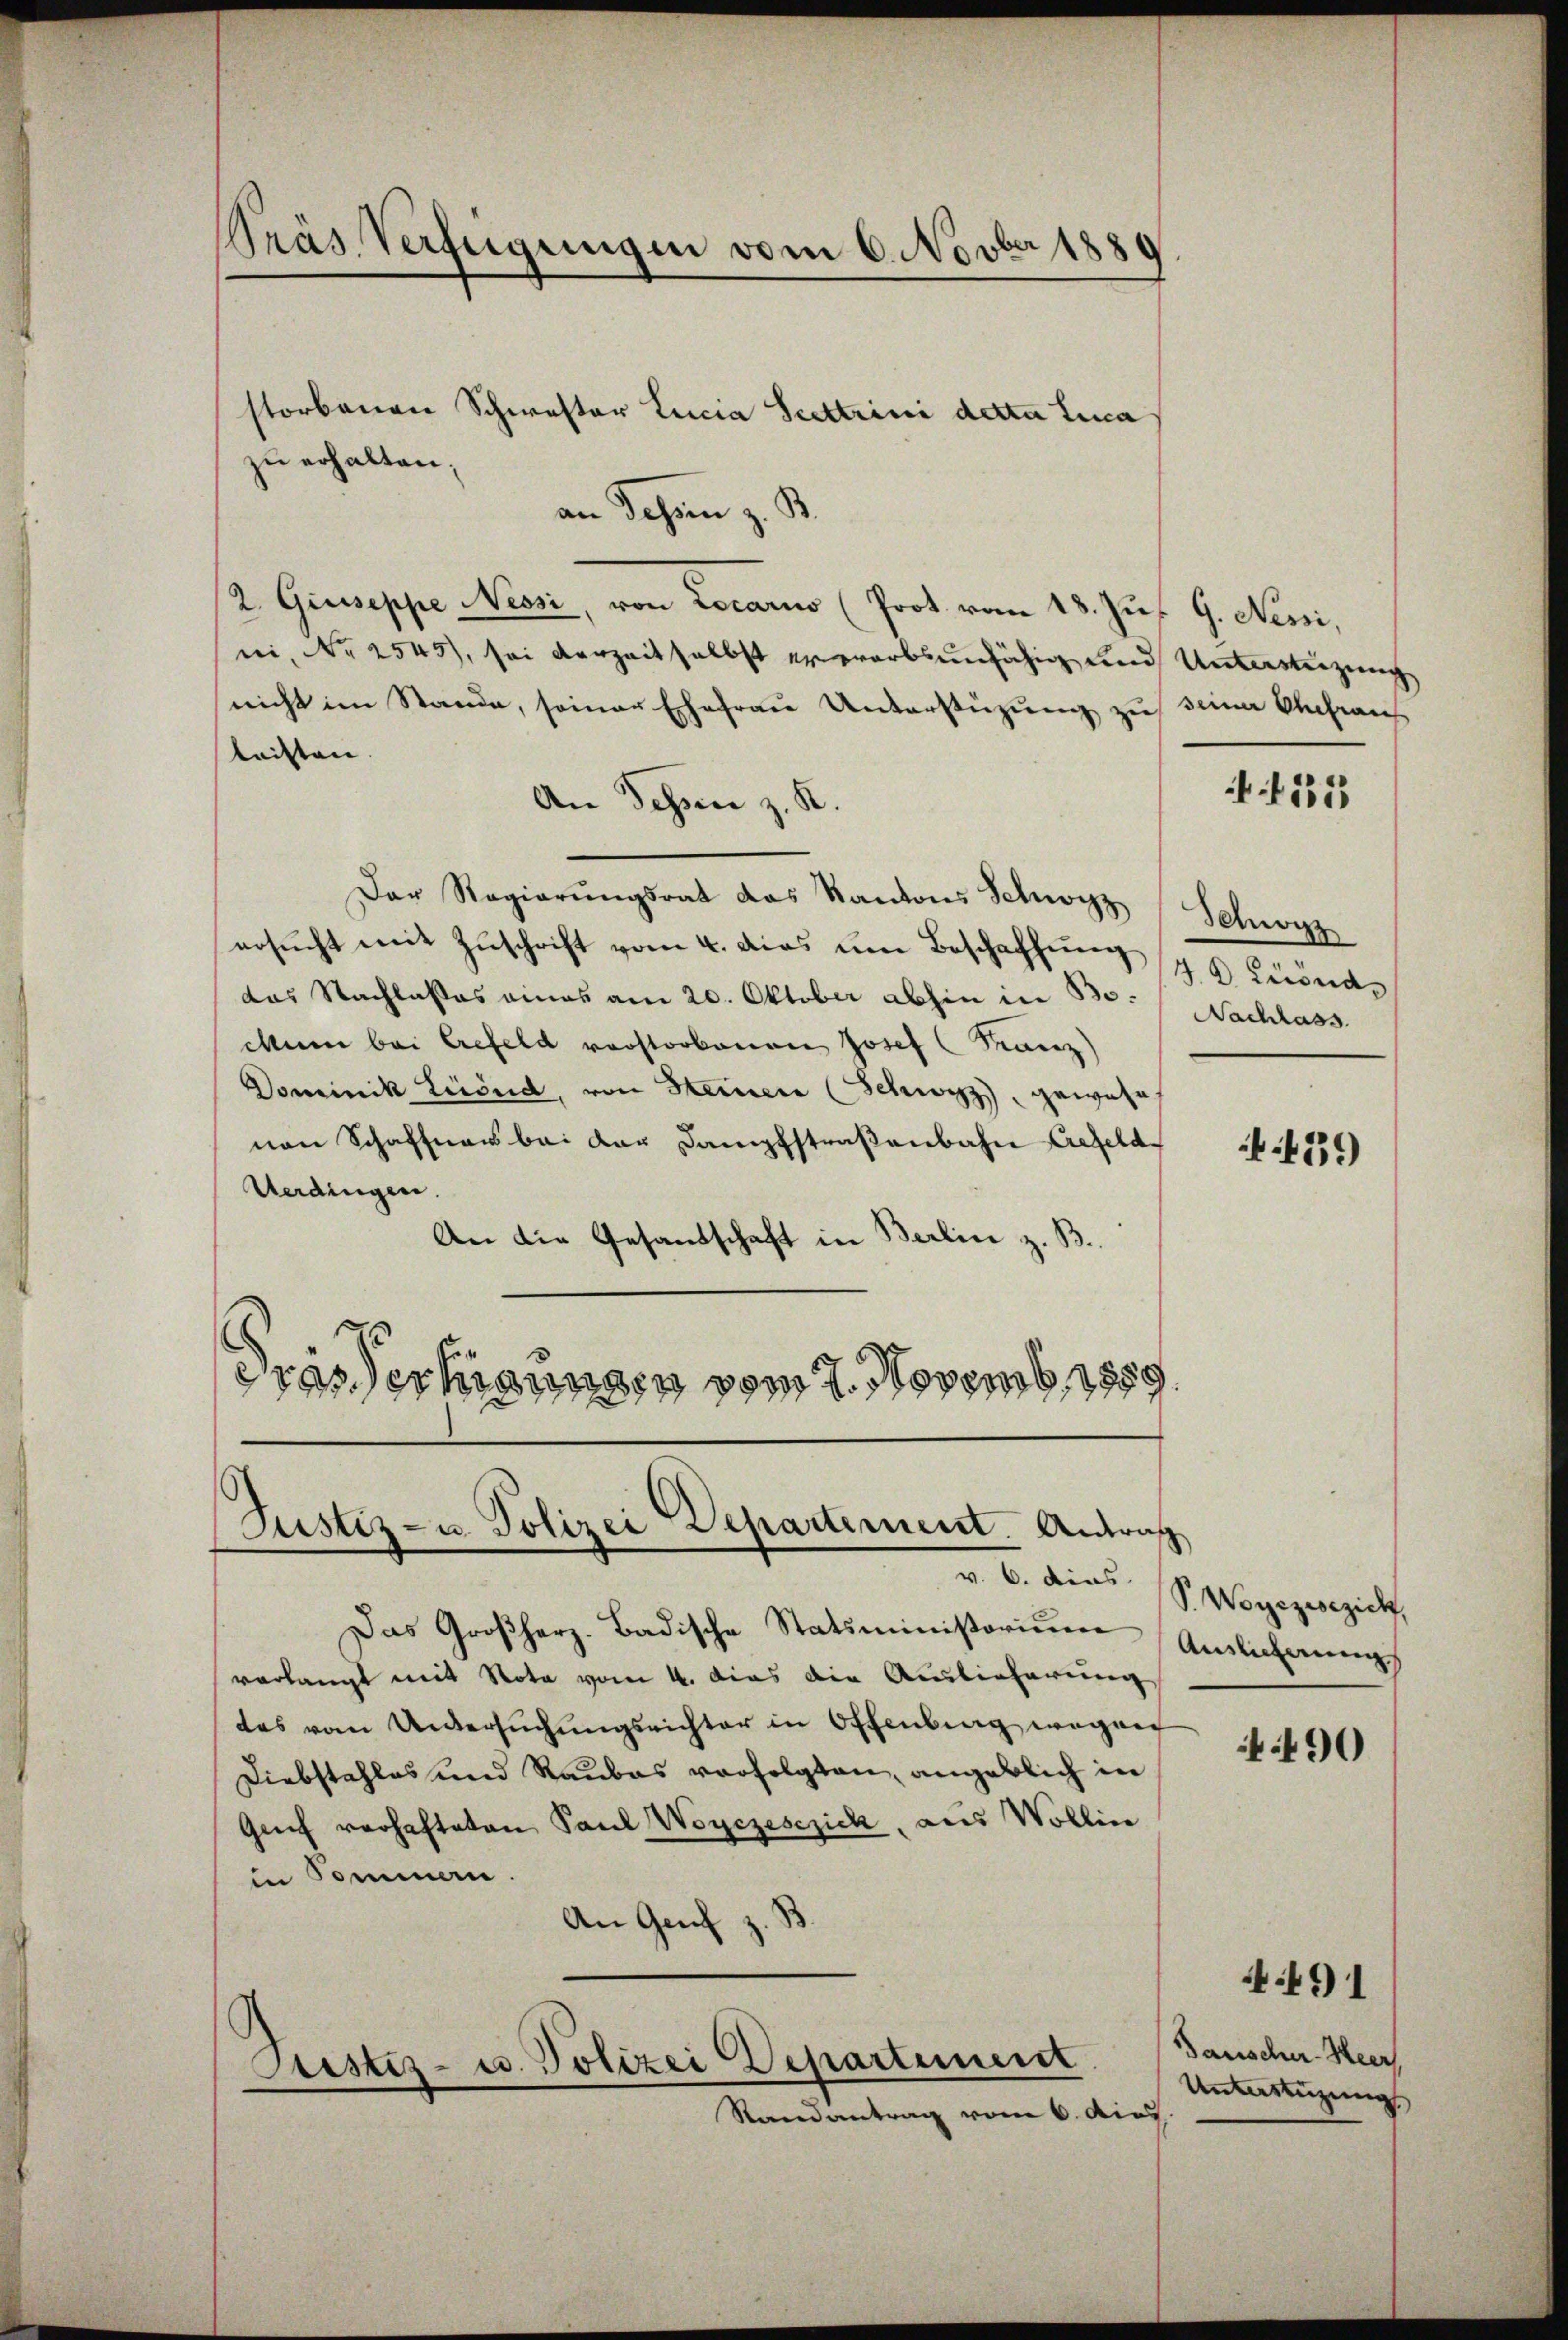
Prás Verfügungen vom 6. Novber 1889

zu erhalten;
an Johann z. B.
2. Giuseppe Nessi, von Locarno (Prot vom 18. Jus 9. Nessi,
ni, Nr. 2545), sei verzeit selbst erwarbsunfähig und Unterstüzung
nicht im Stande, seiner Ehefrau Unterstüzung zu seiner Ehefraus
leisten.
An Dessen z. R.
Der Regierŭngsrat das Kantons Schwyz
ersŭcht mit Zŭschrift vom 4. das um Beschaffŭng  Leonde
das Nachlasses eines am 20. Oktober abhin in Bo
Mun bei refeld vorstorbenen Josef (Franz)
Dominik Lusud, von Heiner (Schwyz, gewohn
von Schaffhaus bei der Dampfstraßenbahn Crefeld¬
Verdingen.
An die Gesandschaft in Berlin z. B.
3.
is erhigungen vom 7. Novemb. 1889

storbenen Schwester Lucia Seestrini detta Luca

Justiz- u. Polizei Departement. Andris
v. 6. dies

Justiz- u. Polizei Departement

Randantrag vom 6. dies

Das Großherz. Badische Statiministorium Auslicherung
verlangt mit Nota vom 4. dies die Auslieferung
des vom Untersŭchŭngsrichter in Offenberg wegen
Diebstahles und Raubes verfolgten, angeblich in
Genf verhafteten Paul Woyczesezich, aus Wollin
in Sommen.
.
An Genf
.

535

Schwyz
Nachlass

N 539

S. Woyezisezich

90

Tauscher-Heer
Unterstüzung |

4491